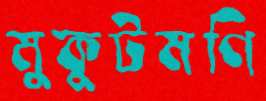
মুকুটমণি